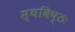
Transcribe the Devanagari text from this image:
स्थविष्ठः